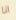
انا